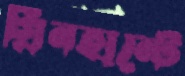
গ্রিনহান্টে